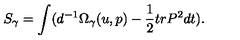
S _ { \gamma } = \int ( d ^ { - 1 } \Omega _ { \gamma } ( u , p ) - \frac { 1 } { 2 } t r P ^ { 2 } d t ) .